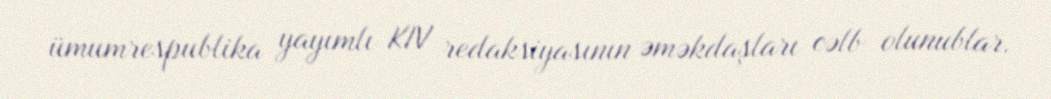
ümumrespublika yayımlı KIV redaksiyasının əməkdaşları cəlb olunublar.